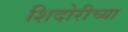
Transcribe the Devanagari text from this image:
शिदोरीच्या